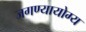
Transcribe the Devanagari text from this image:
जगण्यायोग्य